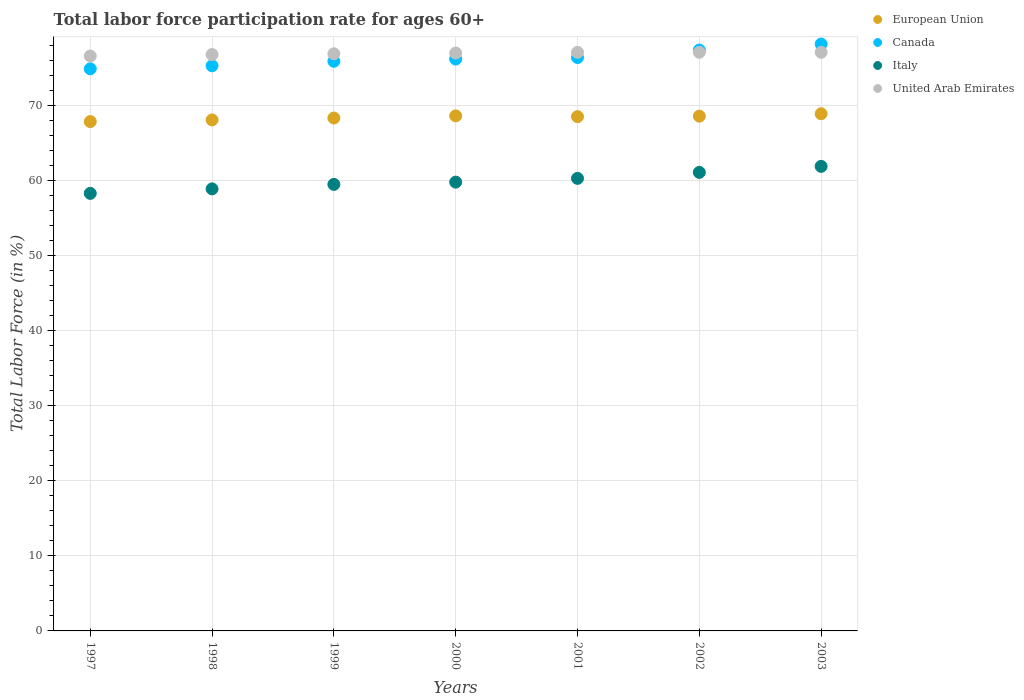
| Years | European Union | Canada | Italy | United Arab Emirates |
 | --- | --- | --- | --- | --- |
 | 1997 | 67.9 | 74.9 | 58.3 | 76.6 |
 | 1998 | 68.1 | 75.3 | 58.9 | 76.8 |
 | 1999 | 68.3 | 75.9 | 59.5 | 76.9 |
 | 2000 | 68.6 | 76.2 | 59.8 | 77 |
 | 2001 | 68.5 | 76.4 | 60.3 | 77.1 |
 | 2002 | 68.6 | 77.4 | 61.1 | 77.1 |
 | 2003 | 68.9 | 78.2 | 61.9 | 77.1 |